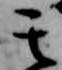
其